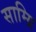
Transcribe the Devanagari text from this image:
साम्ग्रि